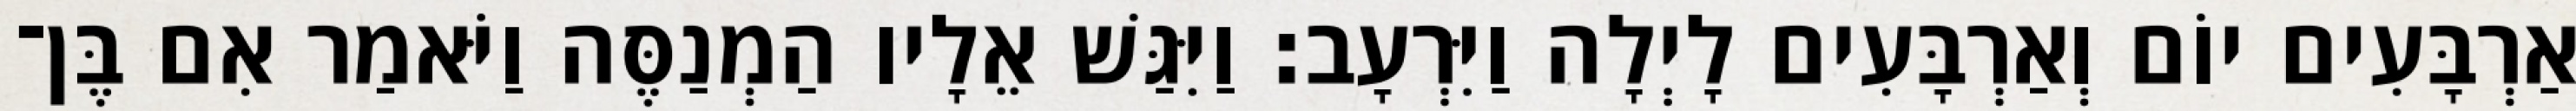
אַרְבָּעִים יוֹם וְאַרְבָּעִים לָיְלָה וַיִּרְעָב׃ וַיִּגַּשׁ אֵלָיו הַמְנַסֶּה וַיֹּאמַר אִם בֶּן־